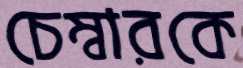
চেম্বারকে